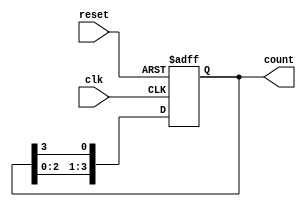
module ring_counter #(
    parameter n = 4  // Number of flip-flops (adjust as needed)
)(
    input wire clk,     // Clock input
    input wire reset,   // Asynchronous reset input
    output reg [n-1:0] count // Current state of the counter
);

// Initial state
initial begin
    count = 1'b1; // Initialize the counter to 100...0
end

// Always block for the ring counter functionality
always @(posedge clk or posedge reset) begin
    if (reset) begin
        count <= 1'b1; // Reset to initial state 100...0
    end else begin
        // Shift the '1' to the next flip-flop
        count <= {count[n-2:0], count[n-1]}; // Shift left and wrap around
    end
end

endmodule